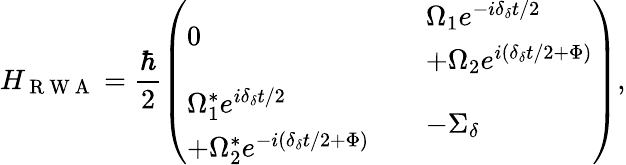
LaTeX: H_{\mathrm{~R~W~A~}}=\frac{\hbar}{2}\left(\begin{array}{lll}{0}&{}&{\begin{array}{l}{\Omega_{1}e^{-i\delta_{\delta}t/2}}\\ {+\Omega_{2}e^{i(\delta_{\delta}t/2+\Phi)}}\end{array}}\\ {\begin{array}{l}{\Omega_{1}^{*}e^{i\delta_{\delta}t/2}}\\ {+\Omega_{2}^{*}e^{-i(\delta_{\delta}t/2+\Phi)}}\end{array}}&{}&{-\Sigma_{\delta}}\end{array}\right),